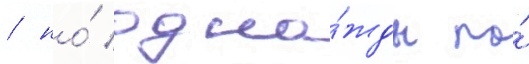
/ но́ одна́жды по́